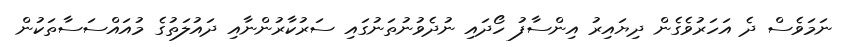
ނަމަވެސް ދެ އަހަރުވެގެން ދިޔައިރު އިންސާފު ހޯދައި ނުދެވުނުތަނުގައި ސަރުކާރުންނާއި ދައުލަތުގެ މުއައްސަސާތަކުން